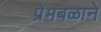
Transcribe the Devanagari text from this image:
प्रेमबळाने